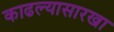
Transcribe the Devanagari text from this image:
काढल्यासारखा